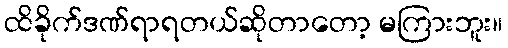
ထိခိုက်ဒဏ်ရာရတယ်ဆိုတာတော့ မကြားဘူး။